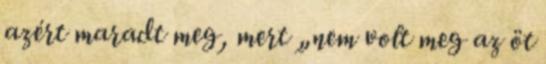
azért maradt meg, mert „nem volt meg az öt